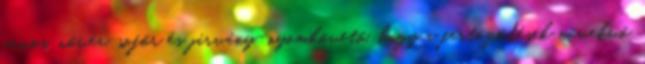
orvos, nővér, sofőr és járvány-nyomkövető, hogy a fertőződések növekvő